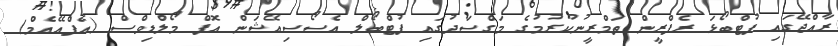
ރާއްޖޭގައި ފުޓްބޯޅަ ރެފްރީން ތަމްރީނުކުރުމުގެ މަގްސަދުގައި ފުޓްބޯލް އެސޯސިއޭޝަން އޮފް މޯލްޑިވްސް (އެފްއޭއެމް)